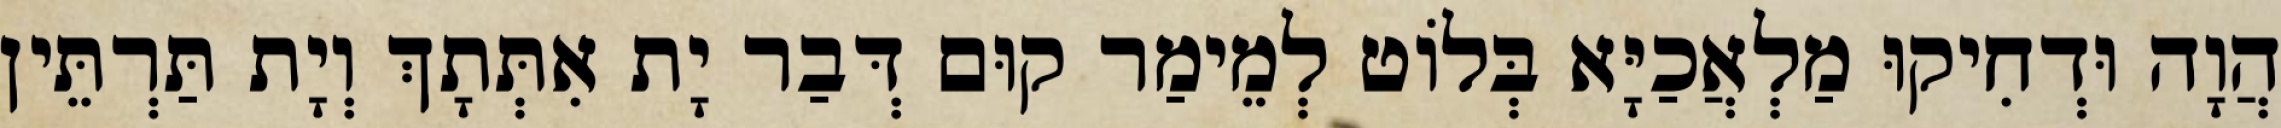
הֲוָה וּדְחִיקוּ מַלְאֲכַיָּא בְּלוֹט לְמֵימַר קוּם דְּבַר יָת אִתְּתָךְ וְיָת תַּרְתֵּין